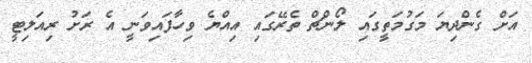
އަށް ގެންދިޔަ މަގުމަތީގައި ލޯންޗް ތެރޭގައި އިއްޔެ ވިހާފައިވަނީ އެ ރަށު ރިއަލިޓީ